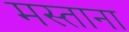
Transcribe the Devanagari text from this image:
मस्‍ताना